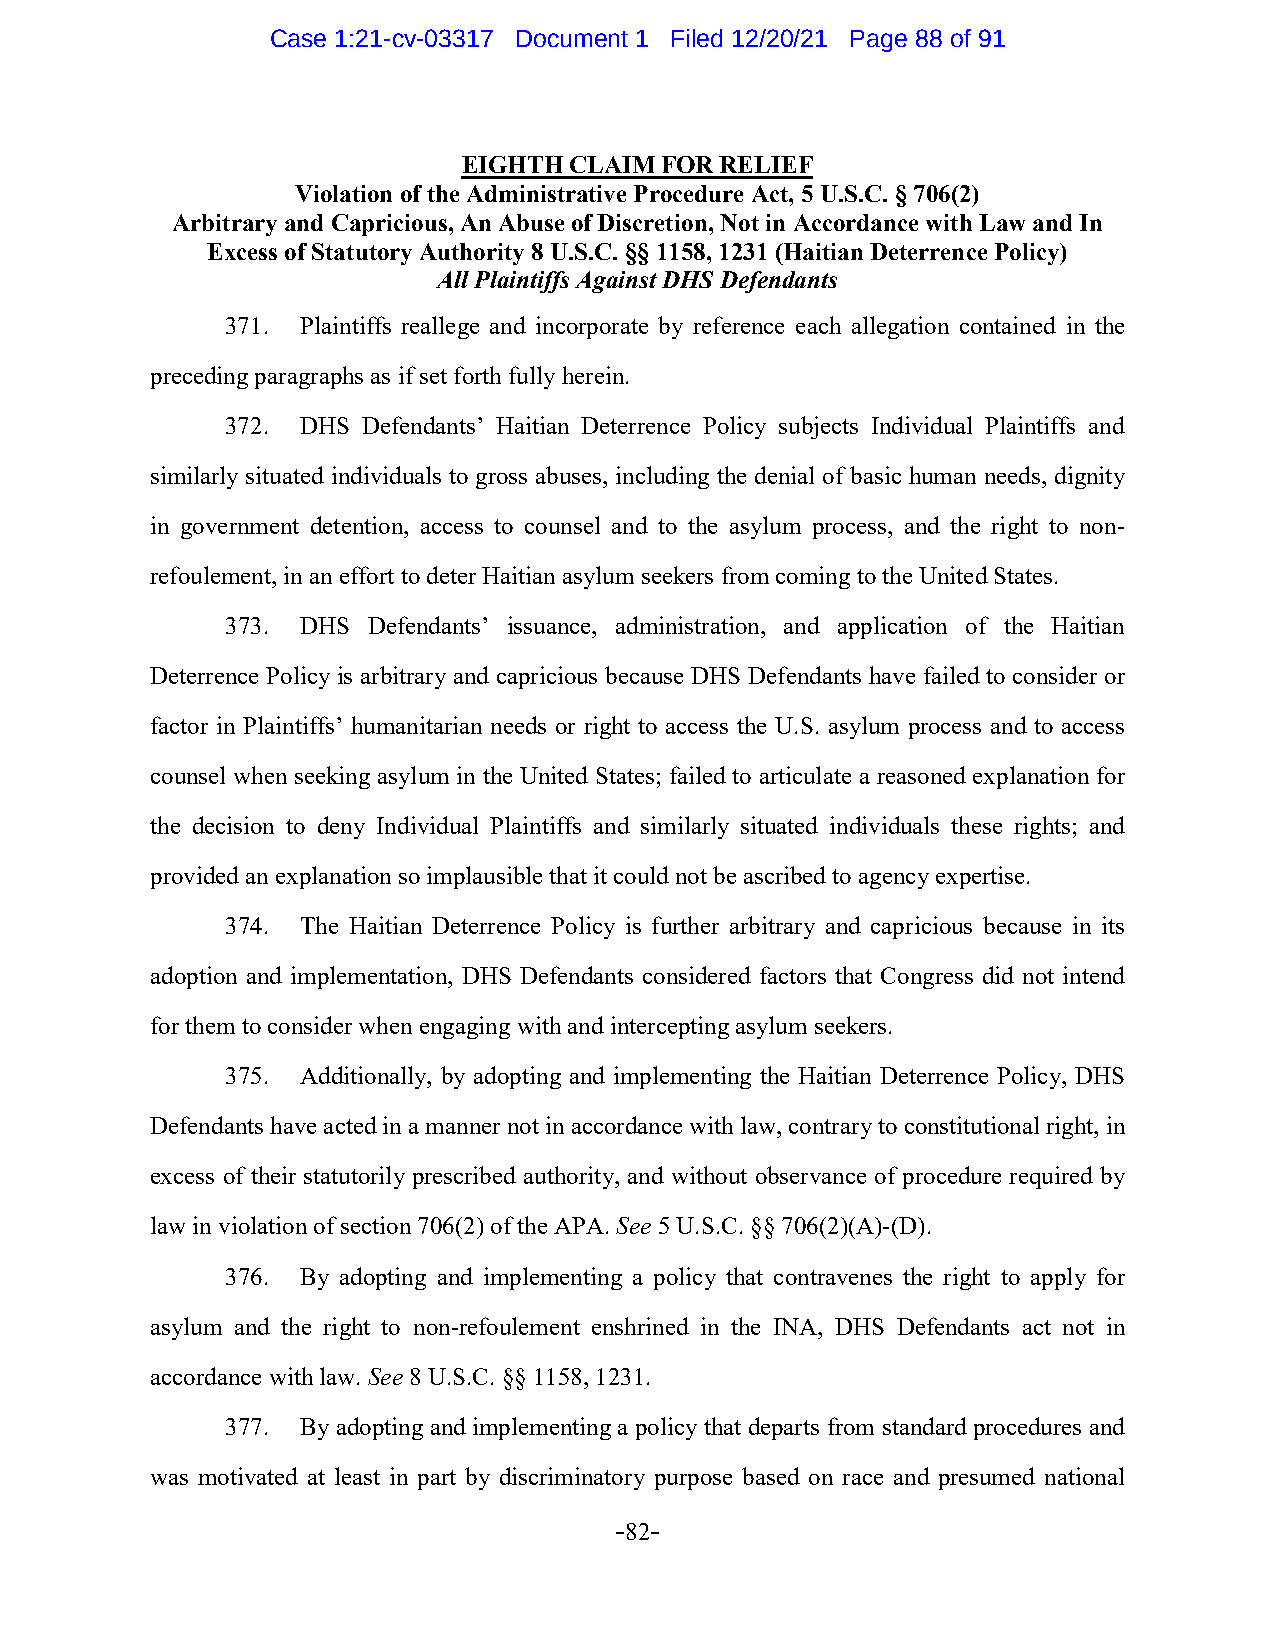
Case 1:21-cv-03317 Document 1 Filed 12/20/21 Page 88 of 91
 EIGHTH CLAIM FOR RELIEF
 Violation of the Administrative Procedure Act, 5 U.S.C. § 706(2)
 Arbitrary and Capricious, An Abuse of Discretion, Not in Accordance with Law and In
 Excess of Statutory Authority 8 U.S.C. §§ 1158, 1231 (Haitian Deterrence Policy)
 All Plaintiffs Against DHS Defendants
 371. Plaintiffs reallege and incorporate by reference each allegation contained in the
 preceding paragraphs as if set forth fully herein.
 372. DHS Defendants’ Haitian Deterrence Policy subjects Individual Plaintiffs and
 similarly situated individuals to gross abuses, including the denial of basic human needs, dignity
 in government detention, access to counsel and to the asylum process, and the right to non-
 refoulement, in an effort to deter Haitian asylum seekers from coming to the United States.
 373. DHS Defendants’ issuance, administration, and application of the Haitian
 Deterrence Policy is arbitrary and capricious because DHS Defendants have failed to consider or
 factor in Plaintiffs’ humanitarian needs or right to access the U.S. asylum process and to access
 counsel when seeking asylum in the United States; failed to articulate a reasoned explanation for
 the decision to deny Individual Plaintiffs and similarly situated individuals these rights; and
 provided an explanation so implausible that it could not be ascribed to agency expertise.
 374. The Haitian Deterrence Policy is further arbitrary and capricious because in its
 adoption and implementation, DHS Defendants considered factors that Congress did not intend
 for them to consider when engaging with and intercepting asylum seekers.
 375. Additionally, by adopting and implementing the Haitian Deterrence Policy, DHS
 Defendants have acted in a manner not in accordance with law, contrary to constitutional right, in
 excess of their statutorily prescribed authority, and without observance of procedure required by
 law in violation of section 706(2) of the APA. See 5 U.S.C. §§ 706(2)(A)-(D).
 376. By adopting and implementing a policy that contravenes the right to apply for
 asylum and the right to non-refoulement enshrined in the INA, DHS Defendants act not in
 accordance with law. See 8 U.S.C. §§ 1158, 1231.
 377. By adopting and implementing a policy that departs from standard procedures and
 was motivated at least in part by discriminatory purpose based on race and presumed national
 -82-